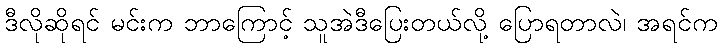
ဒီလိုဆိုရင် မင်းက ဘာကြောင့် သူအဲဒီပြေးတယ်လို့ ပြောရတာလဲ၊ အရင်က